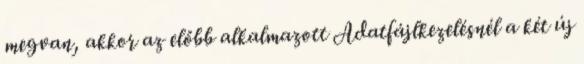
megvan, akkor az előbb alkalmazott Adatfájlkezelésnél a két új